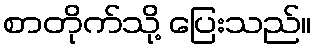
စာတိုက်သို့ ပြေးသည်။